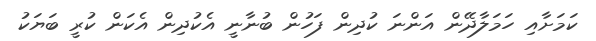
ކަމަށާއި ހަމަލާދޭން އަންނަ ކުދިން ފަހުން ބުނާނީ އެކުދިން އެކަން ކުރީ ބަޔަކު